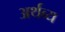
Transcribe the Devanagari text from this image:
अर्थव्य